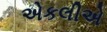
એકલીએ